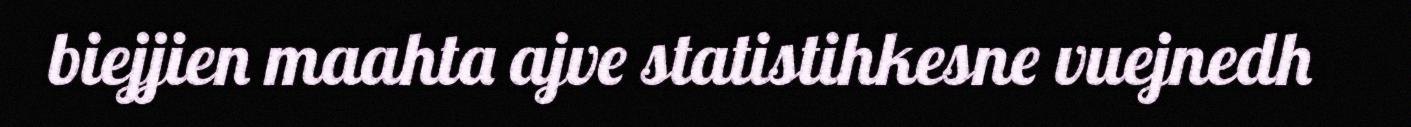
biejjien maahta ajve statistihkesne vuejnedh